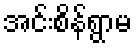
အင်းစိန်ရွာမ